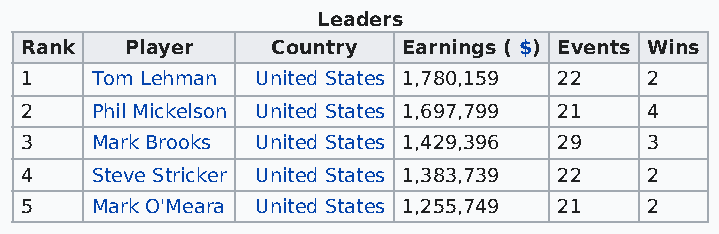
Leaders
 Rank   Player    Country  Earnings ( $) Events Wins
 1    Tom Lehman United States 1,780,159 22 2
 2    Phil Mickelson United States 1,697,799 21 4
 3    Mark Brooks United States 1,429,396 29 3
 4    Steve Stricker United States 1,383,739 22 2
 5    Mark O'Meara United States 1,255,749 21 2